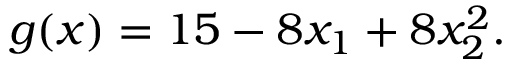
\begin{array} { r } { g ( \boldsymbol { x } ) = 1 5 - 8 x _ { 1 } + 8 x _ { 2 } ^ { 2 } . } \end{array}